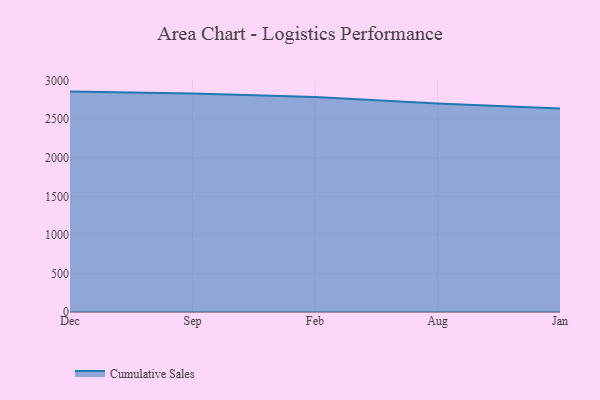
{"axis": {"x": "Month", "y": "Website Visitors"}, "legend": ["Cumulative Sales"], "data": [{"x": "Dec", "y": 2857.5, "type": "Cumulative Sales"}, {"x": "Sep", "y": 2834.1, "type": "Cumulative Sales"}, {"x": "Feb", "y": 2788.2, "type": "Cumulative Sales"}, {"x": "Aug", "y": 2703.4, "type": "Cumulative Sales"}, {"x": "Jan", "y": 2639.6, "type": "Cumulative Sales"}]}